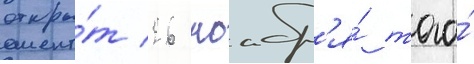
откры́т 26 ноабр'я́ того́